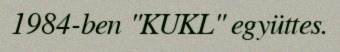
1984-ben "KUKL" együttes.